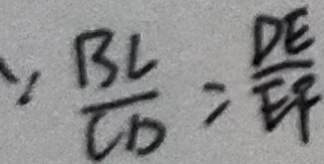
\because \frac { B C } { C D } = \frac { D E } { E F }